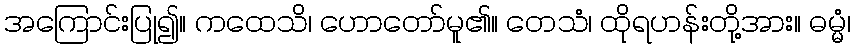
အကြောင်းပြု၍။ ကထေသိ၊ ဟောတော်မူ၏။ တေသံ၊ ထိုရဟန်းတို့အား။ ဓမ္မံ၊